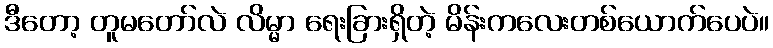
ဒီတော့ တူမတော်လဲ လိမ္မာ ရေးခြားရှိတဲ့ မိန်းကလေးတစ်ယောက်ပေပဲ။